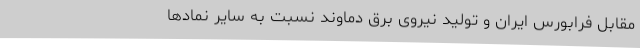
مقابل فرابورس ایران و تولید نیروی برق دماوند نسبت به سایر نمادها